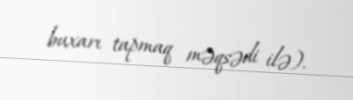
buxarı tapmaq məqsədi ilə).